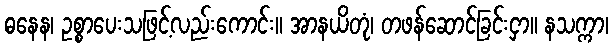
ဓနေန၊ ဥစ္စာပေးသဖြင့်လည်းကောင်း။ အာနယိတုံ၊ တဖန်ဆောင်ခြင်းငှာ။ နသက္ကာ၊